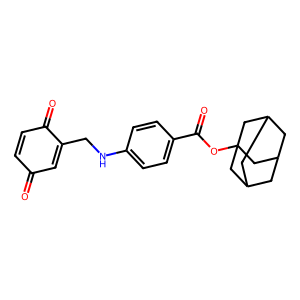
SMILES: O=C1C=CC(=O)C(CNc2ccc(C(=O)OC34CC5CC(CC(C5)C3)C4)cc2)=C1
Inhibits HIV replication: No